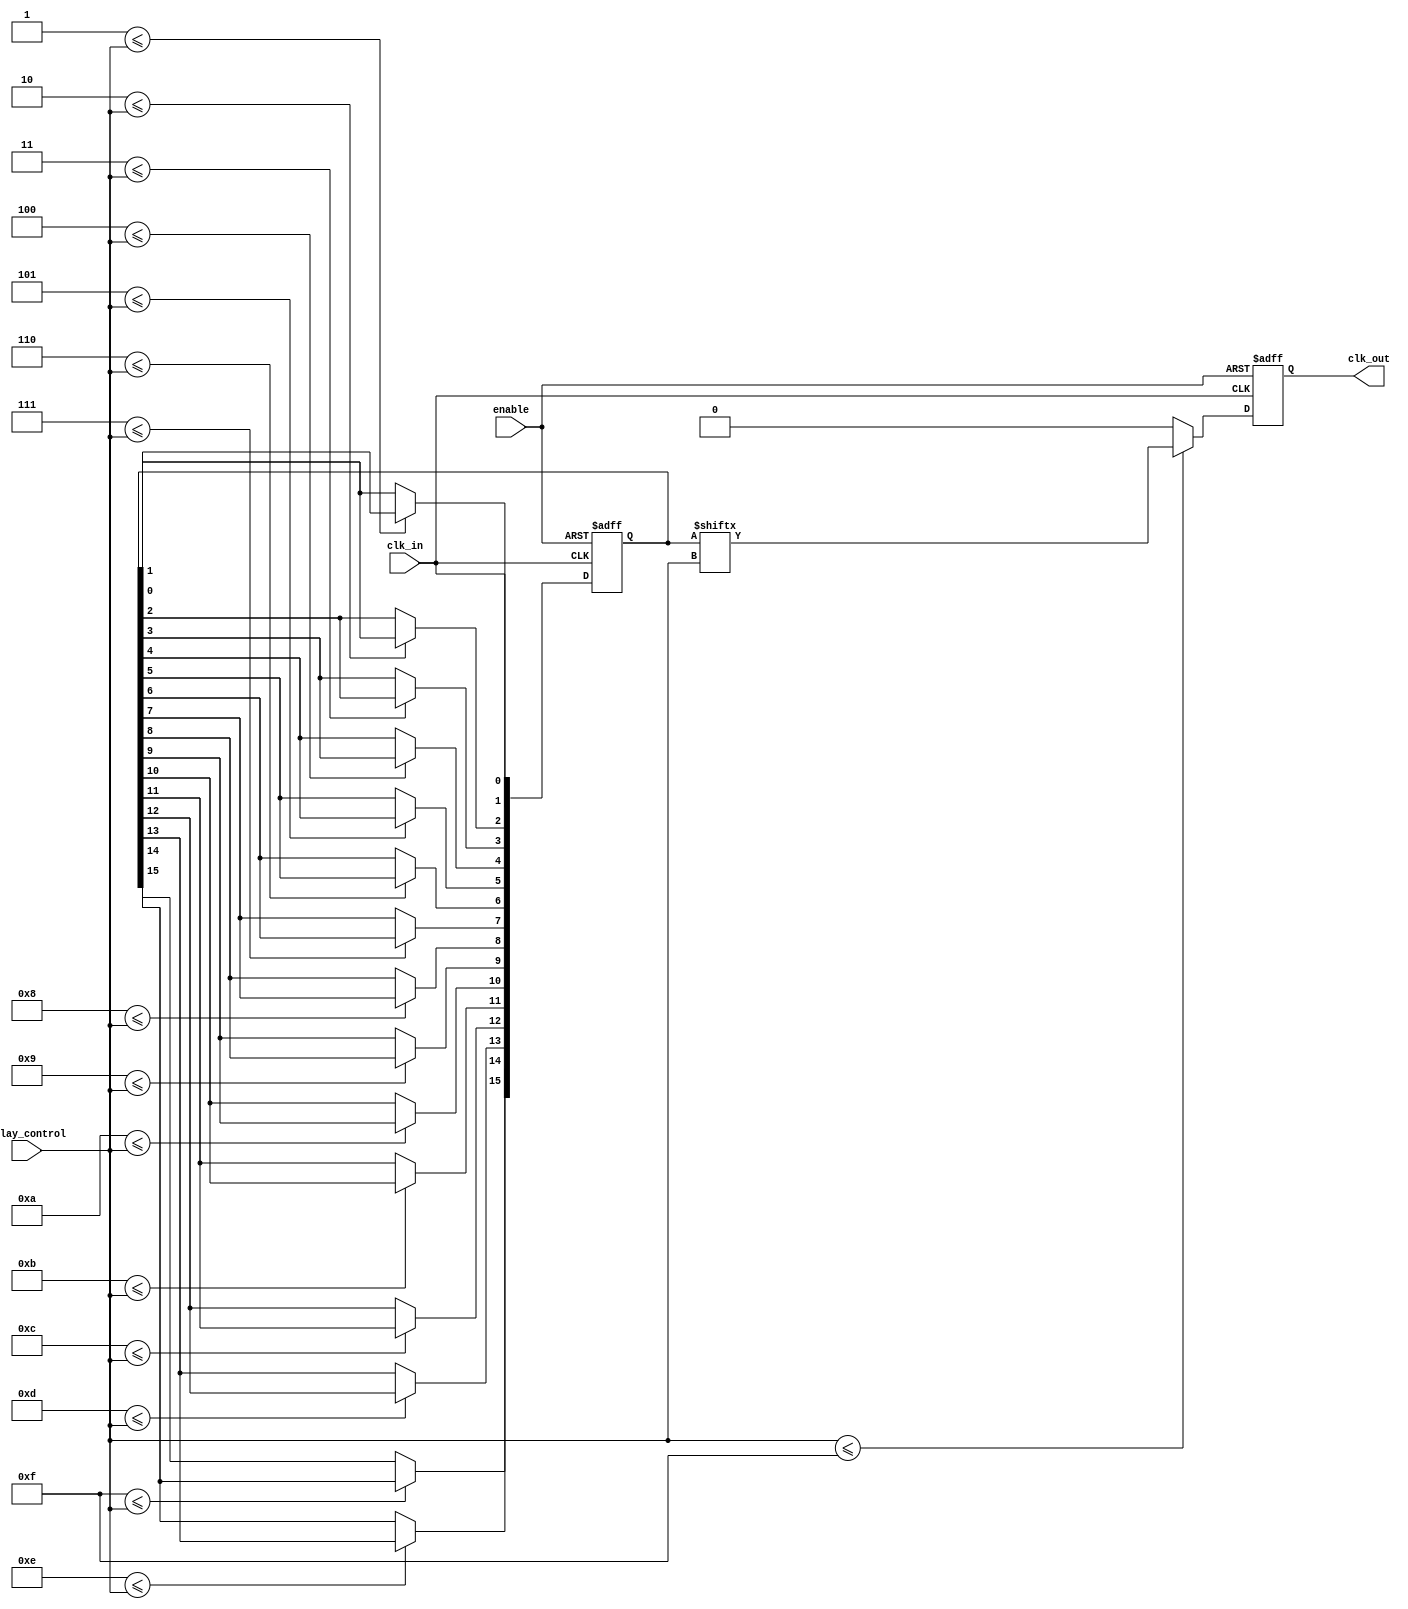
module DelayClockBuffer (
    input wire clk_in,              // Input clock signal
    input wire enable,              // Enable signal
    input wire [3:0] delay_control, // Delay control signal (4-bit for 16 stages)
    output reg clk_out              // Output delayed clock signal
);

// Parameter for the maximum delay and delay steps
parameter MAX_DELAY = 15;

// Internal signals for the delay line
reg [MAX_DELAY:0] delay_line; // Shift register for delay line
integer i;

// Always block to implement the delay logic
always @(posedge clk_in or negedge enable) begin
    if (!enable) begin
        clk_out <= 0; // Deactivate output when not enabled
        delay_line <= 0; // Clear the delay line
    end else begin
        // Shift the delay line based on the delay control
        for (i = MAX_DELAY; i > 0; i = i - 1) begin
            if (i <= delay_control) begin
                delay_line[i] <= delay_line[i-1];
            end else begin
                delay_line[i] <= delay_line[i]; // No change
            end
        end
        
        // Insert the new clock value into the first stage of the delay line
        delay_line[0] <= clk_in;
        
        // Output the delayed clock from the specified stage
        if (delay_control <= MAX_DELAY) begin
            clk_out <= delay_line[delay_control];
        end else begin
            clk_out <= 0; // If delay_control exceeds max, output low
        end
    end
end

endmodule